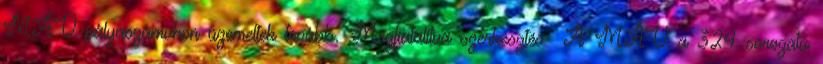
MÁV-pályaszámukon üzemeltek tovább. Megfiatalítva szerkesztés A MÁV a 324 sorozatú